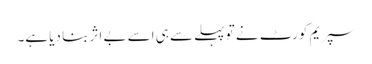
سپریم کورٹ نے تو پہلے سے ہی اسے بے اثر بنا دیا ہے۔